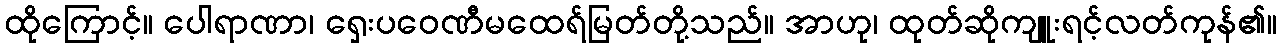
ထိုကြောင့်။ ပေါရာဏာ၊ ရှေးပဝေဏီမထေရ်မြတ်တို့သည်။ အာဟု၊ ထုတ်ဆိုကျူးရင့်လတ်ကုန်၏။